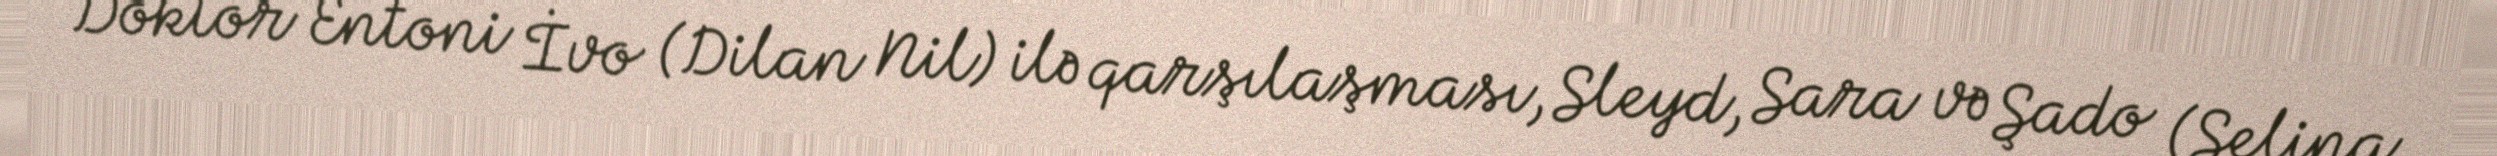
Doktor Entoni İvo (Dilan Nil) ilə qarşılaşması, Sleyd, Sara və Şado (Selina